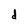
Character: d